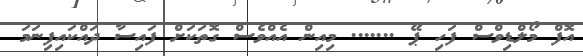
އޮފް މޯލްޑިވްސް ފަހި ޕޭ ....... މިއިން އެއްވެސް ގޮތަކަށް ފައިސާ ދައްކައިފިނަމަ